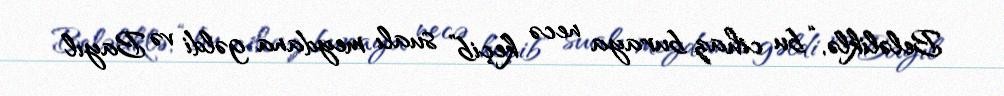
Beləliklə, “bu cihaz buraya necə keçib” sualı meydana gəldi və Bayıl